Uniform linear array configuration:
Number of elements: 64
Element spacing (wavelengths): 0.25
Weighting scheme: hann
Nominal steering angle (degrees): -60
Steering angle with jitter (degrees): -60.612
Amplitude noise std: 0.05
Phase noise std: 0.05

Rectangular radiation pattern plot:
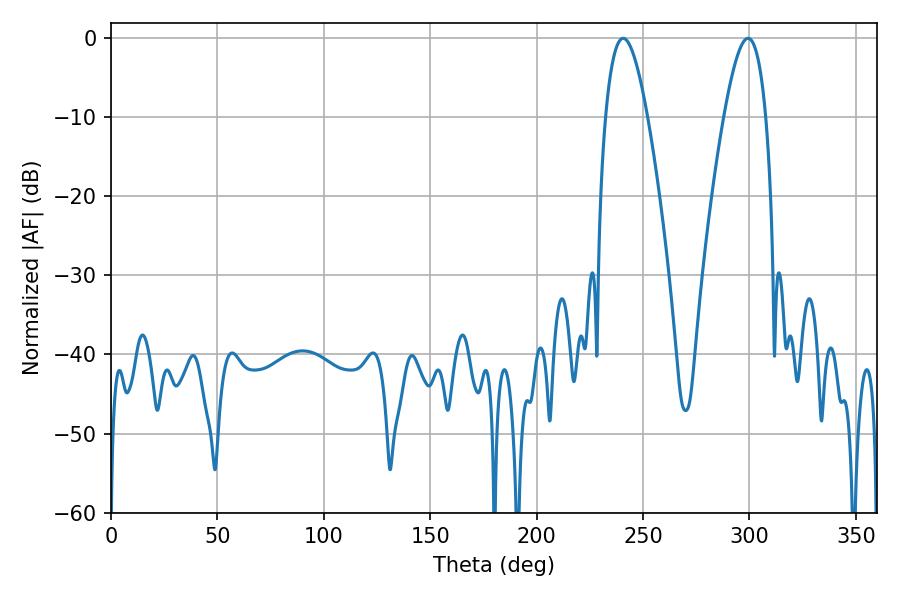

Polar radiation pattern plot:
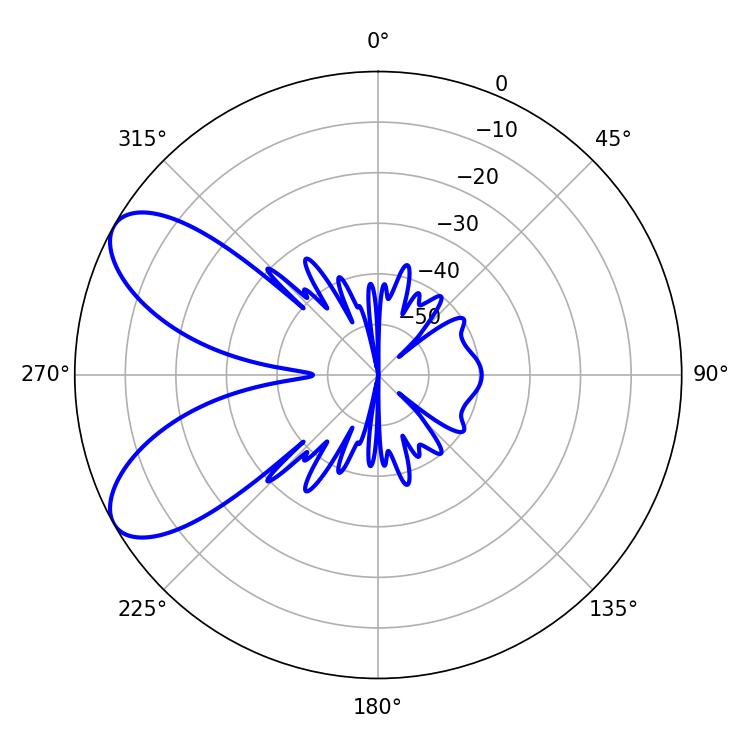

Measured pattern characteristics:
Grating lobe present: FALSE
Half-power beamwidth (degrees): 10.62
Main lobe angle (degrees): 240.66